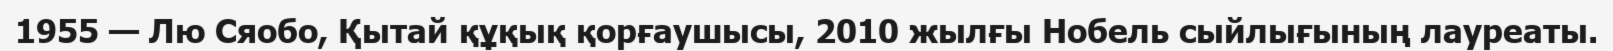
1955 — Лю Сяобо, Қытай құқық қорғаушысы, 2010 жылғы Нобель сыйлығының лауреаты.